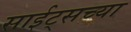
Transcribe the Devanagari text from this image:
साईट्सच्या